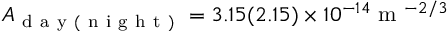
A _ { \mathrm { ~ d ~ a ~ y ~ ( ~ n ~ i ~ g ~ h ~ t ~ ) ~ } } = 3 . 1 5 ( 2 . 1 5 ) \times 1 0 ^ { - 1 4 } \mathrm { ~ m ~ } ^ { - 2 / 3 }